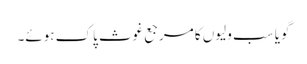
گویا سب ولیوں کا مرجع غوث پاک ہوئے۔